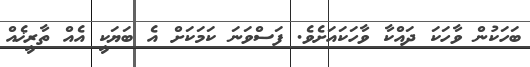
ބަހަކުން ވާހަކަ ދައްކާ ވާހަކައަށެވެ. ފަސްވަނަ ކަމަކަށް އެ ބަޔަކީ އެއް ތާރީޚެއް